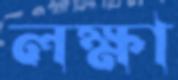
লক্ষা